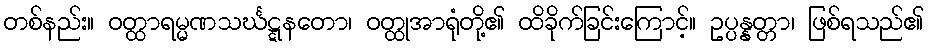
တစ်နည်း။ ဝတ္ထာရမ္မဏသင်္ဃဋ္ဋနတော၊ ဝတ္ထုအာရုံတို့၏ ထိခိုက်ခြင်းကြောင့်။ ဥပ္ပန္နတ္တာ၊ ဖြစ်ရသည်၏